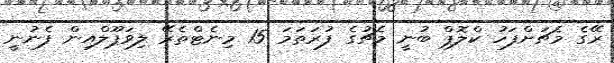
ރޭގެ މެޗަށްފަހު ކްލޮޕް ބުނީ މެޗުގެ ފުރަތަމަ 15 މިނެޓްތެރޭ ލިވަޕޫލްއިން ފެނުނީ